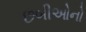
છબીઓનો